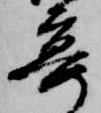
宴